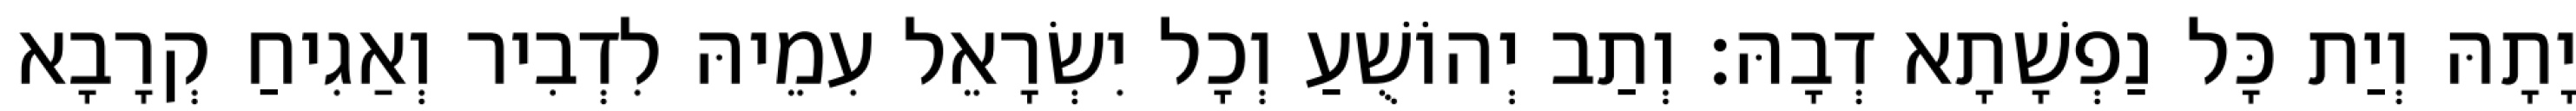
יָתָהּ וְיַת כָּל נַפְשָׁתָא דְבָהּ׃ וְתַב יְהוֹשֻׁעַ וְכָל יִשְׂרָאֵל עִמֵיהּ לִדְבִיר וְאַגִיחַ קְרָבָא